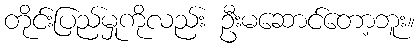
တိုင်းပြည်မှုကိုလည်း ဦးမဆောင်တော့ဘူး။